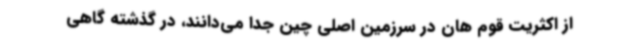
از اکثریت قوم‌ هان در سرزمین اصلی چین جدا می‌دانند، در گذشته گاهی